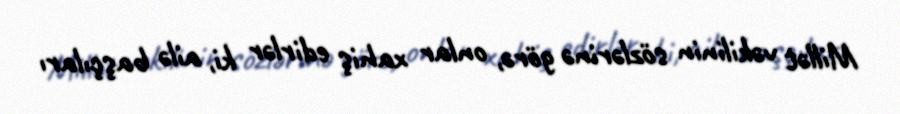
Millət vəkilinin sözlərinə görə, onlar xahiş edirlər ki, ailə başçıları